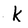
Character: k